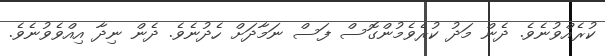
ކުރެއްވުނެވެ. ދެން މަދު ކުރެވެމުންގޮސް ފަސް ނަމާދަށް ހެދުނެވެ. ދެން ނިދާ އިއްވެވުނެވެ.